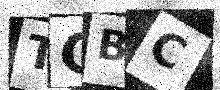
Text: TCBC